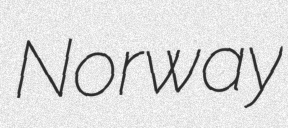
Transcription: Norway